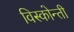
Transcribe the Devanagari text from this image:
विस्कोन्ती